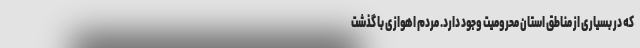
که در بسیاری از مناطق استان محرومیت وجود دارد. مردم اهوازی با گذشت